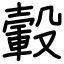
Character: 轂